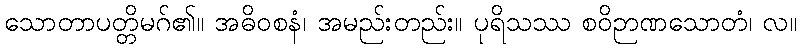
သောတာပတ္တိမဂ်၏။ အဓိဝစနံ၊ အမည်းတည်း။ ပုရိသဿ စဝိဉာဏသောတံ၊ လ။